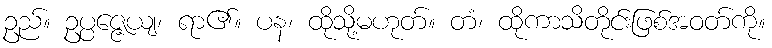
ဥည်။ ဥပ္ပဇ္ဇေယျ၊ ရာ၏။ ပန၊ ထိုသို့မဟုတ်။ တံ၊ ထိုကာသိတိုင်းဖြစ်အဝတ်ကို။